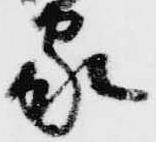
家